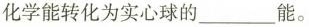
化学能转化为实心球的\underline能。